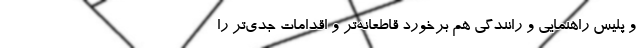
و پلیس راهنمایی و رانندگی هم برخورد قاطعانه‌تر و اقدامات جدی‌تر را